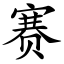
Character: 赛